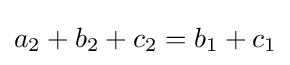
a_{2}+b_{2}+c_{2}=b_{1}+c_{1}